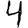
Digit: 4